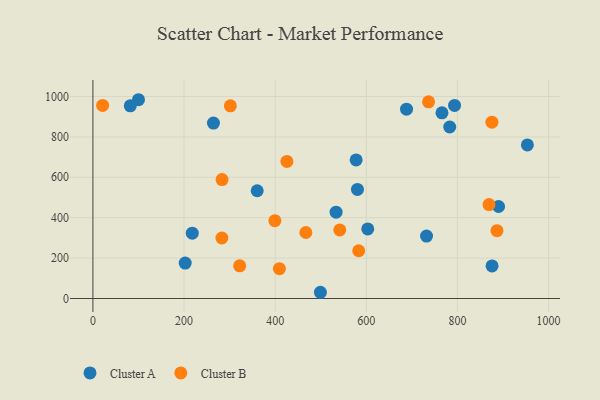
{"axis": {"x": "Price", "y": "Demand"}, "legend": ["Cluster A", "Cluster B"], "data": [{"x": "766.0", "y": 919.2, "type": "Cluster A"}, {"x": "793.6", "y": 955.6, "type": "Cluster A"}, {"x": "264.5", "y": 868.6, "type": "Cluster A"}, {"x": "603.1", "y": 344.6, "type": "Cluster A"}, {"x": "499.2", "y": 30.8, "type": "Cluster A"}, {"x": "688.2", "y": 937.3, "type": "Cluster A"}, {"x": "360.5", "y": 533.5, "type": "Cluster A"}, {"x": "732.1", "y": 309.2, "type": "Cluster A"}, {"x": "100.0", "y": 984.0, "type": "Cluster A"}, {"x": "875.9", "y": 161.3, "type": "Cluster A"}, {"x": "783.0", "y": 849.1, "type": "Cluster A"}, {"x": "580.5", "y": 539.9, "type": "Cluster A"}, {"x": "577.6", "y": 685.8, "type": "Cluster A"}, {"x": "533.6", "y": 427.4, "type": "Cluster A"}, {"x": "890.2", "y": 455.5, "type": "Cluster A"}, {"x": "202.5", "y": 175.3, "type": "Cluster A"}, {"x": "953.4", "y": 760.1, "type": "Cluster A"}, {"x": "82.0", "y": 953.8, "type": "Cluster A"}, {"x": "218.0", "y": 323.3, "type": "Cluster A"}, {"x": "283.4", "y": 588.9, "type": "Cluster B"}, {"x": "541.7", "y": 339.3, "type": "Cluster B"}, {"x": "886.7", "y": 335.8, "type": "Cluster B"}, {"x": "736.5", "y": 973.8, "type": "Cluster B"}, {"x": "409.3", "y": 147.5, "type": "Cluster B"}, {"x": "322.1", "y": 161.5, "type": "Cluster B"}, {"x": "467.3", "y": 326.8, "type": "Cluster B"}, {"x": "21.3", "y": 955.9, "type": "Cluster B"}, {"x": "301.6", "y": 953.7, "type": "Cluster B"}, {"x": "425.7", "y": 678.6, "type": "Cluster B"}, {"x": "583.3", "y": 236.4, "type": "Cluster B"}, {"x": "399.3", "y": 385.4, "type": "Cluster B"}, {"x": "283.0", "y": 299.5, "type": "Cluster B"}, {"x": "869.2", "y": 464.9, "type": "Cluster B"}, {"x": "875.6", "y": 872.9, "type": "Cluster B"}]}